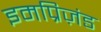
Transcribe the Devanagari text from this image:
इमप्रिज़ंड